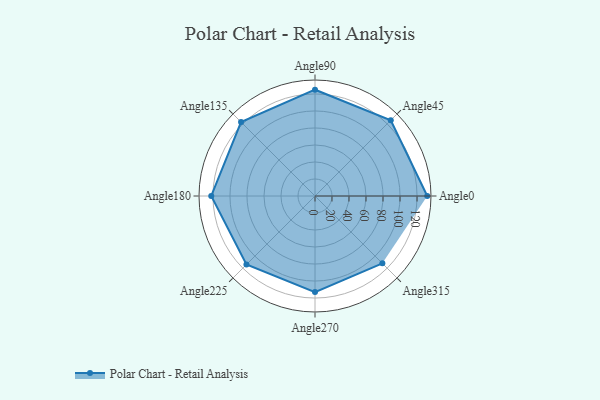
{"axis": {"x": "Angle", "y": "Radius"}, "legend": [""], "data": [{"x": "Angle0", "y": 132.0, "type": ""}, {"x": "Angle45", "y": 126.0, "type": ""}, {"x": "Angle90", "y": 125.0, "type": ""}, {"x": "Angle135", "y": 123.0, "type": ""}, {"x": "Angle180", "y": 122.0, "type": ""}, {"x": "Angle225", "y": 114.0, "type": ""}, {"x": "Angle270", "y": 113.0, "type": ""}, {"x": "Angle315", "y": 112.0, "type": ""}]}